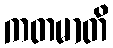
ကတမာတိ